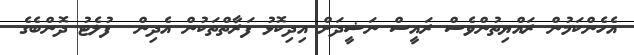
އެހެންކަމުން ރައްޔިތުންވެސް ރައީސް ނަޝީދަށް އިދިކޮޅު ފަރާތްތަކުން އެދިން  ފުލެޓު ދޮންބެގެ